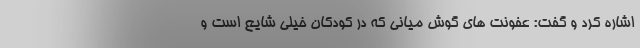
اشاره کرد و گفت: عفونت های گوش میانی که در کودکان خیلی شایع است و